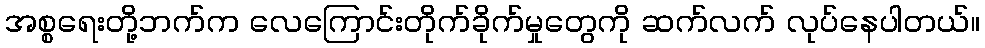
အစ္စရေးတို့ဘက်က လေကြောင်းတိုက်ခိုက်မှုတွေကို ဆက်လက် လုပ်နေပါတယ်။